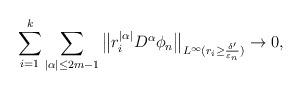
LaTeX: \begin{align*}\sum_{i=1}^{k}\sum_{|\alpha|\leq2m-1}\big\|r_{i}^{|\alpha|}D^{\alpha}\phi_{n}\big\|_{L^{\infty}(r_{i}\geq\frac{\delta'}{\varepsilon_{n}})}\rightarrow0, \end{align*}